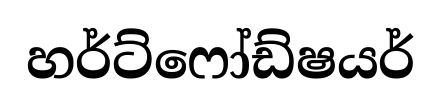
හර්ට්ෆෝඩ්ෂයර්